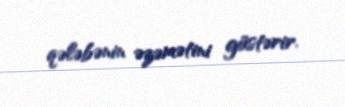
qələbənin əzəmətini göstərir.